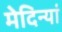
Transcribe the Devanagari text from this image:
मेदिन्यां